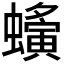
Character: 𧓒